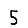
Digit: 5